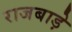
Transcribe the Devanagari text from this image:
राजबाड़े